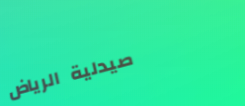
صيدلية الرياض